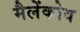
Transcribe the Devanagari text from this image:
मैलेंकोव